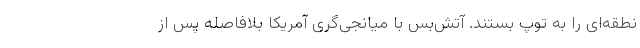
نطقه‌ای را به توپ بستند. آتش‌بس با میانجی‌گری آمریکا بلافاصله پس از